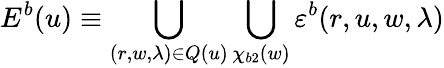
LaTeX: E^{b}(u)\equiv\bigcup_{(r,w,\lambda)\in Q(u)}\bigcup_{\chi_{b2}(w)}\varepsilon^{b}(r,u,w,\lambda)